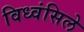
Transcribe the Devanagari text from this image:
विध्वंसिले